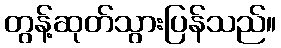
တွန့်ဆုတ်သွားပြန်သည်။